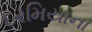
દરમિયાના